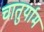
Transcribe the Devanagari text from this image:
चातुर्याम